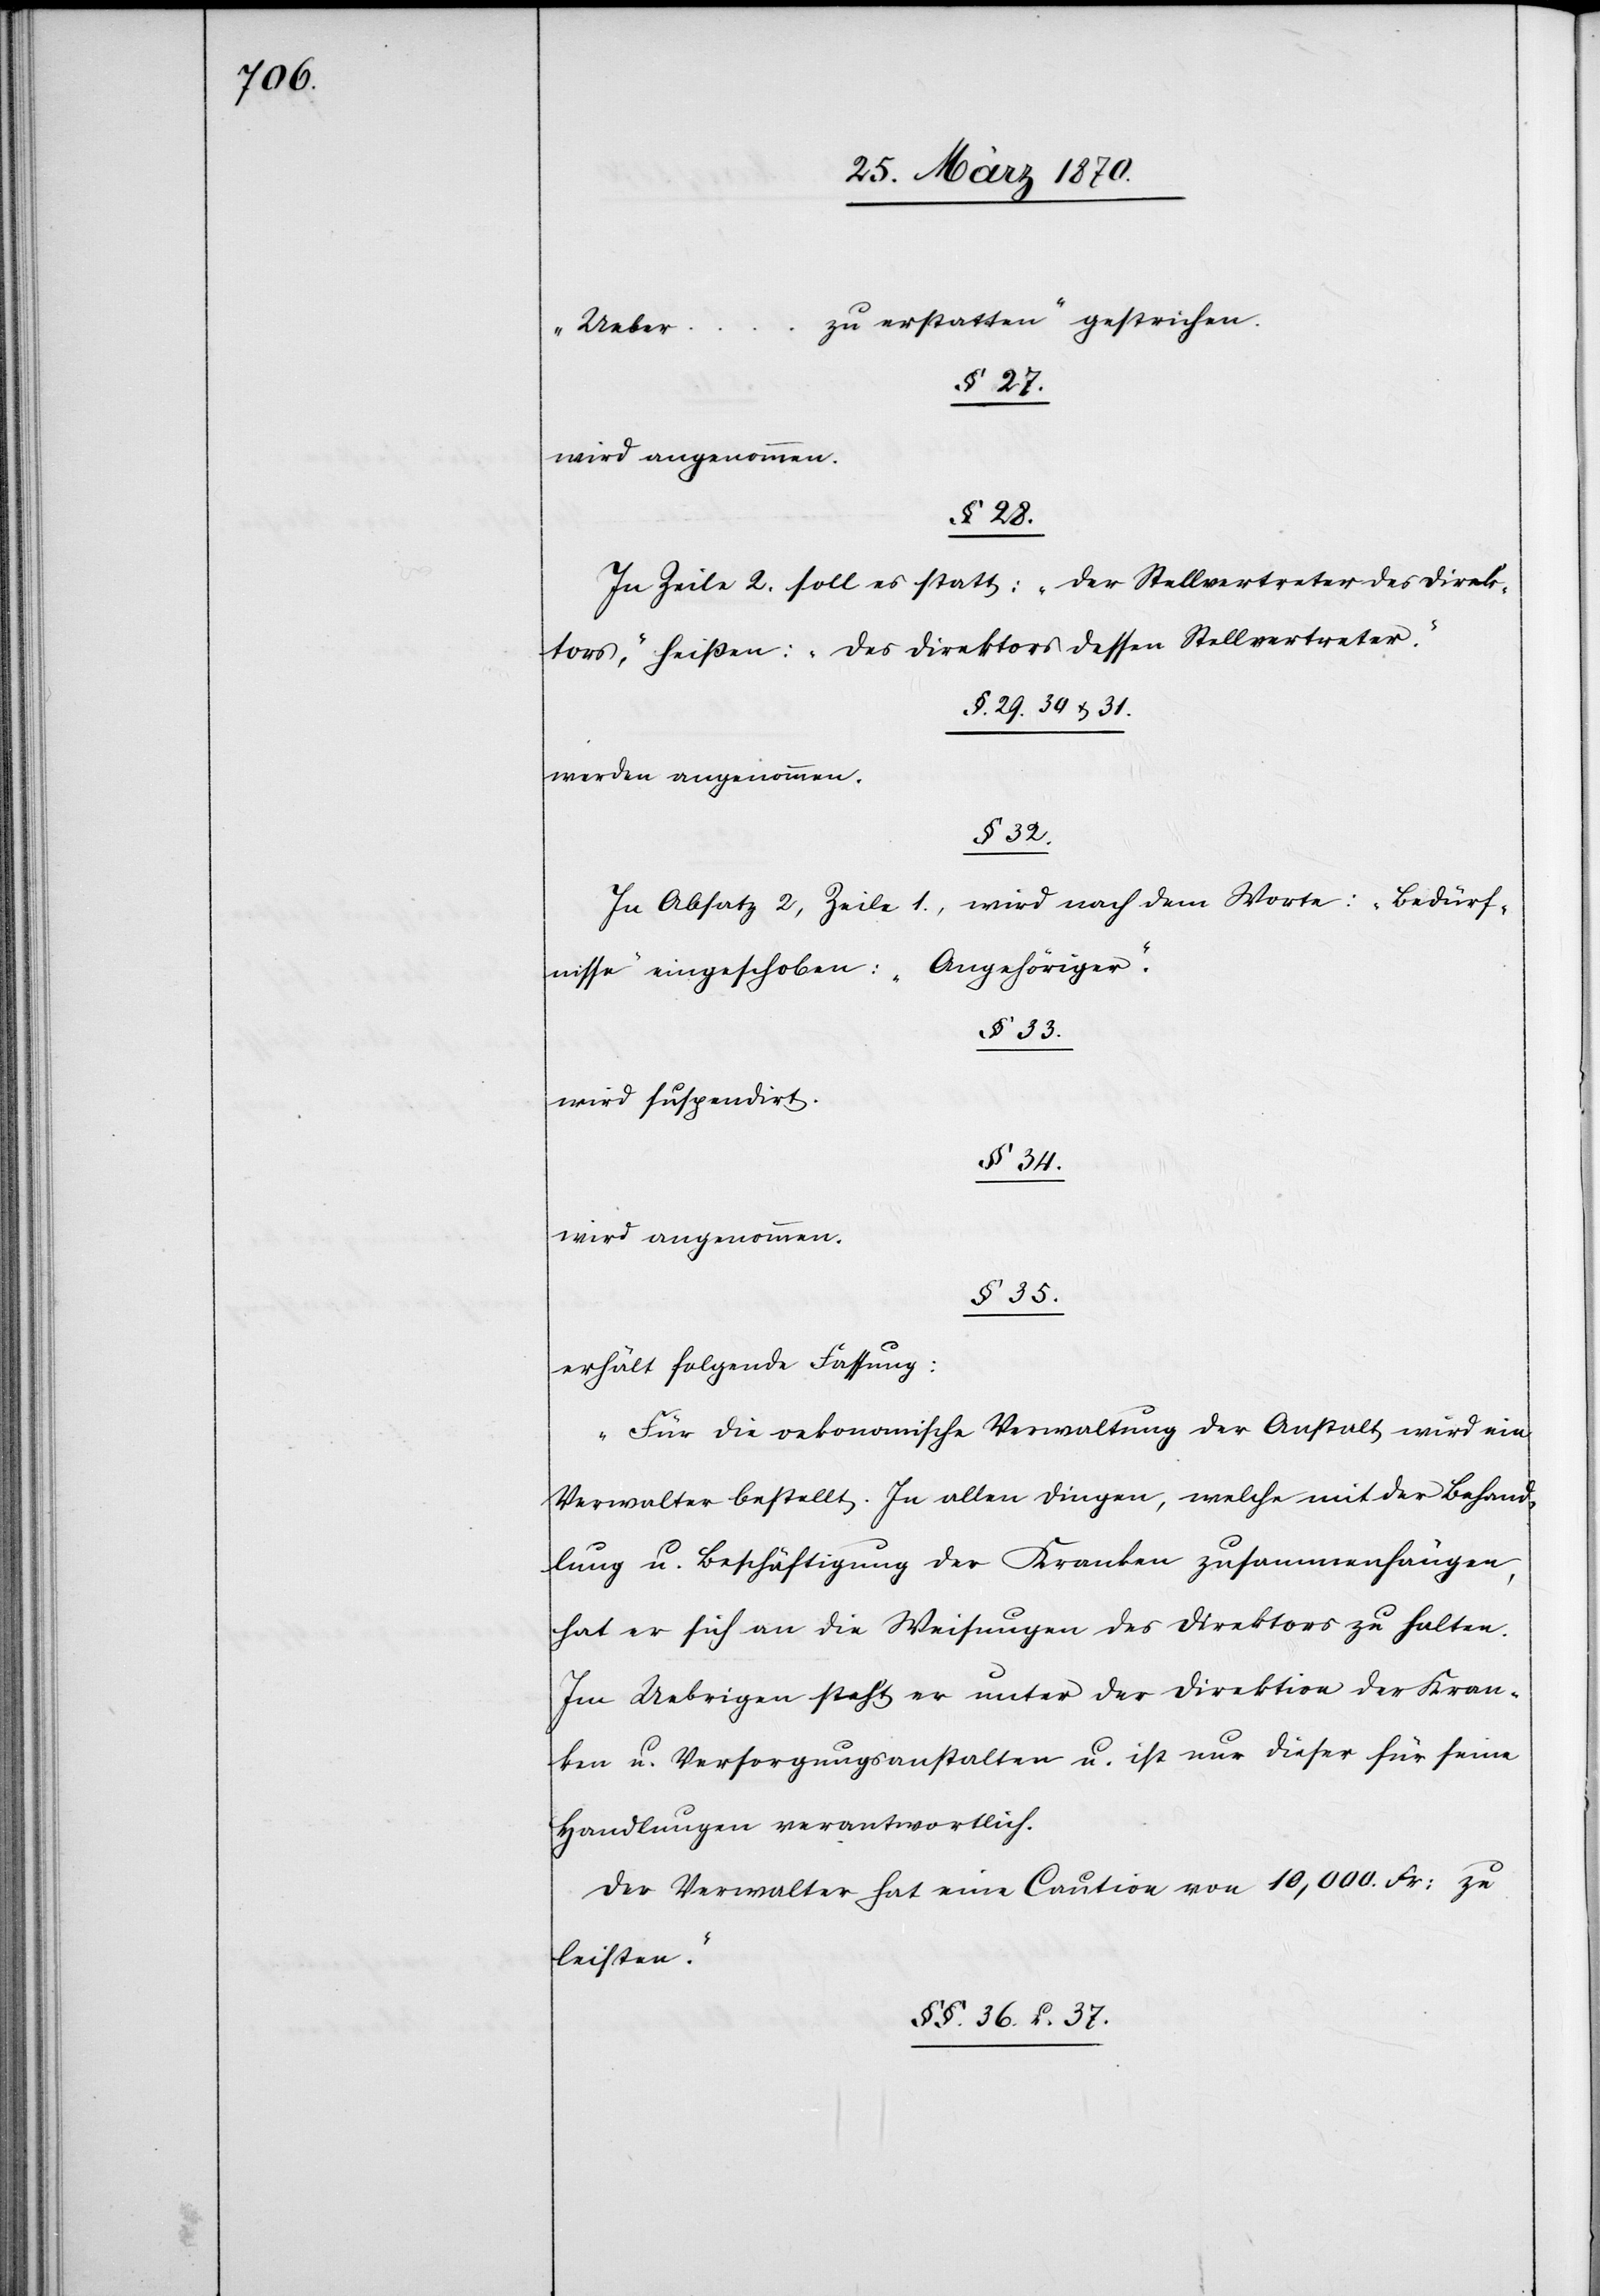
zu erstatten“ gestrichen.
„Ueber
…
§ 27.
wird angenommen.
§ 28.
In Zeile 2. soll es statt: „der Stellvertreter des Direk¬
tors,“ heißen: „des Direktors dessen Stellvertreter.“
§ 29. 30. & 31.
werden angenommen.
§ 32.
In Absatz 2, Zeile 1., wird nach dem Worte: „Bedürf¬
„Angehöriger“.
nisse“ eingeschoben:
§ 33.
wird suspendirt.
§ 34.
wird angenommen.
§ 35.
erhält folgende Fassung:
„Für die oekonomische Verwaltung der Anstalt wird ein
Verwalter bestellt. In allen Dingen, welche mit der Behand¬
lung u. Beschäftigung der Kranken zusammenhängen,
hat er sich an die Weisungen des Direktors zu halten.
Im Uebrigen steht er unter der Direktion der Kran¬
ken[-] u. Versorgungsanstalten u. ist nur dieser für seine
Handlungen verantwortlich.
Der Verwalter hat eine Caution von 10,000. Fr: zu
leisten.“
§§ 36. u. 37.